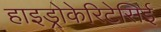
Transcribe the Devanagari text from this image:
हाइड्रोकेरिटेसिई